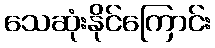
သေဆုံးနိုင်ကြောင်း